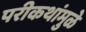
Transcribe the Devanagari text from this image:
परीकथांमुळे